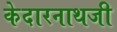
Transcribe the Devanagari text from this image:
केदारनाथजी